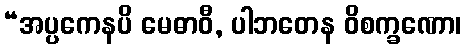
“အပ္ပကေနပိ မေဓာဝီ, ပါဘတေန ဝိစက္ခဏော၊